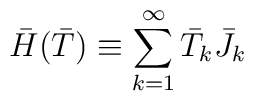
\bar H(\bar T) \equiv \sum_{k=1}^{\infty} \bar T_{k}\bar J_{k}